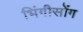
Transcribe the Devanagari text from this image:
भिंगीसोंग